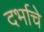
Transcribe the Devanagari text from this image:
दर्भाचे